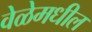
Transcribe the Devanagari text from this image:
वेळेमधील